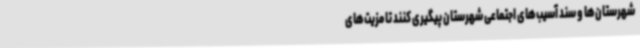
شهرستان‌ها و سند آسیب‌های اجتماعی شهرستان پیگیری کنند تا مزیت‌های